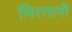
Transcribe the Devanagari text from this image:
मिरगानी